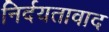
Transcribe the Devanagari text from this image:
निर्दयतावाद